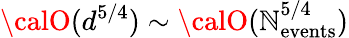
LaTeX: {\calO}(d^{5/4})\sim{\calO}(\mathbb{N}_{\mathrm{{events}}}^{5/4})